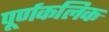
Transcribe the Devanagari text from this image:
पूर्णकलिक